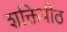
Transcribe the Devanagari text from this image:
शक्तिपीठ